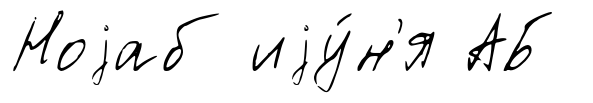
Ноjаб иjу́н'я АБ